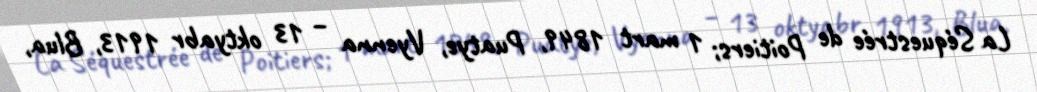
La Séquestrée de Poitiers; 1 mart 1849, Puatye, Vyenna – 13 oktyabr 1913, Blua,